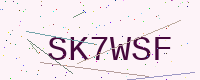
Text: SK7WSF